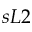
s L 2